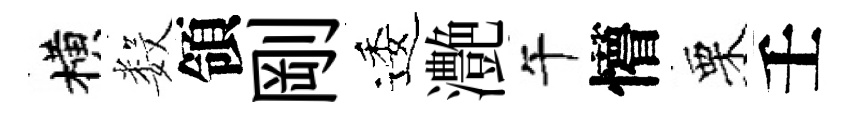
横数領剛逶灔午懵栗壬